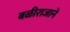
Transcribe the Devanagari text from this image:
बळीराजाने